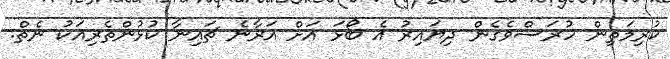
ކުރިމަތިން ހުރަސްވެގެން ދިޔައިރު އެ ބޯޅަ އަށް އަރާނެ ޗައިނާ ކުޅުންތެރިއަކު ނެތް.